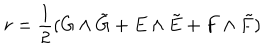
r = { \frac { 1 } { 2 } } ( G \wedge \tilde { G } + E \wedge \tilde { E } + F \wedge \tilde { F } )